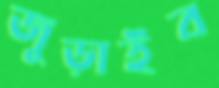
জুড়াইব